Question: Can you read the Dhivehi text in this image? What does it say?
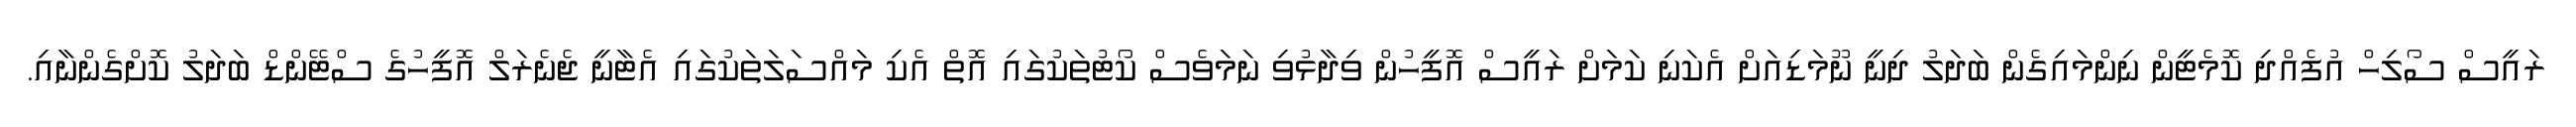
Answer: ރައީސް ސޯލިހް އުފެއްދި ކޮމެޓީން ނިންމައިގެން ބަދަލު ދިނީ ނޫމަޑިއަށް އެކަނި ކަމަށް ރައީސް އޮފީހުން ވިދާޅުވި ނަމަވެސް ކޯޓުތަކުގައި އޮތް އެކި މައްސަލަތަކުގައި އެޓާނީ ޖެނެރަލް އޮފީހުގެ ސްޓޭންޑް ބަދަލު ކޮށްގެންނާއި.